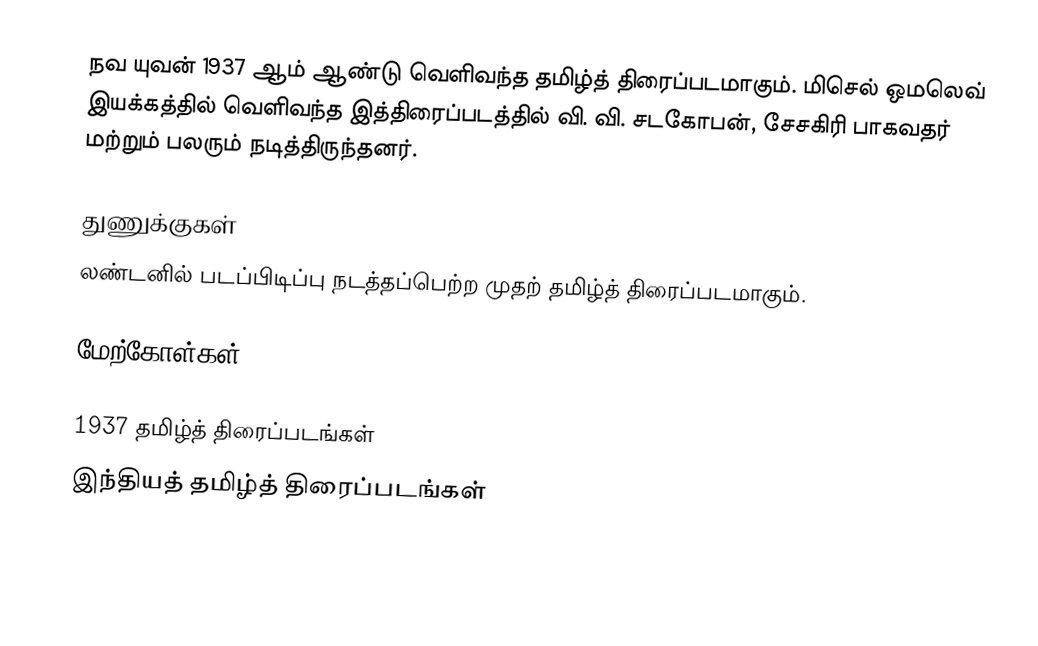
நவ யுவன் 1937 ஆம் ஆண்டு வெளிவந்த தமிழ்த் திரைப்படமாகும். மிசெல் ஒமலெவ் இயக்கத்தில் வெளிவந்த இத்திரைப்படத்தில் வி. வி. சடகோபன், சேசகிரி பாகவதர் மற்றும் பலரும் நடித்திருந்தனர்.

துணுக்குகள்
 லண்டனில் படப்பிடிப்பு நடத்தப்பெற்ற முதற் தமிழ்த் திரைப்படமாகும்.

மேற்கோள்கள்

1937 தமிழ்த் திரைப்படங்கள்
இந்தியத் தமிழ்த் திரைப்படங்கள்